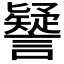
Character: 𧭐